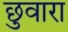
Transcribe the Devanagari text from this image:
छुवारा